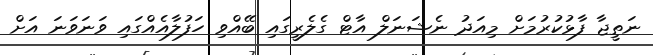
ނަތީޖާ ފާޅުކުރުމަށް މިއަދު ނެޝަނަލް އާޓް ގެލެރީގައި ބޭއްވި ހަފުލާއެއްގައި ވަނަވަނަ އަށް